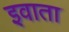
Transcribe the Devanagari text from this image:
इवाता